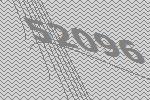
52096